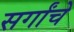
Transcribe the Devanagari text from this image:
सर्गांचे